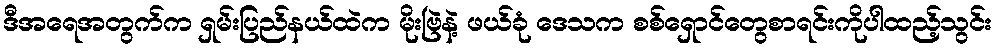
ဒီအရေအတွက်က ရှမ်းပြည်နယ်ထဲက မိုးဗြဲနဲ့ ဖယ်ခုံ ဒေသက စစ်ရှောင်တွေစာရင်းကိုပါထည့်သွင်း